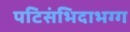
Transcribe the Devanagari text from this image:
पटिसंभिदाभग्ग